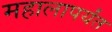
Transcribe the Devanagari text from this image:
महालापर्यंत